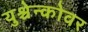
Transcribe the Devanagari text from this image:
युश्चेन्कोवर